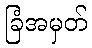
ခြံအမှတ်